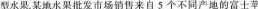
型水果。某地水果批发市场销售来自5个不同产地的富士苹